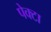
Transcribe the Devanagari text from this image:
पेक्टा